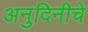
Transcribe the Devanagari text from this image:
अनुदिनीचे